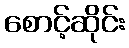
စောင့်ဆိုင်း